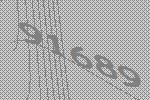
91689